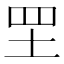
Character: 𦉷